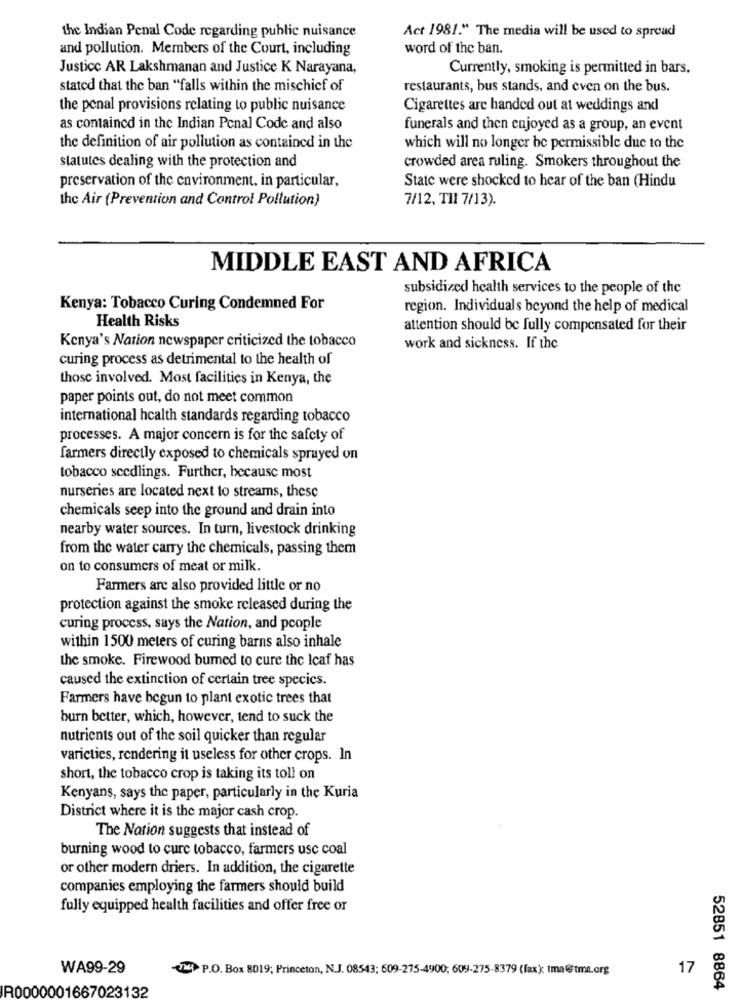
the Indian Penal Code regarding public nuisance
Act 1981." The media will be used to spread
and pollution. Members of the Court, including
word of the ban.
Justice AR Lakshmanan and Justice K Narayana,
Currently, smoking is permitted in bars.
stated that the ban "falls within the mischief of
restaurants, bus stands, and even on the bus.
the penal provisions relating to public nuisance
Cigarettes are handed out at weddings and
as contained in the Indian Penal Code and also
funerals and then enjoyed as a group, an event
the definition of air pollution as contained in the
which will no longer be permissible due to the
statutes dealing with the protection and
crowded area ruling. Smokers throughout the
State were shocked to hear of the ban (Hindu
preservation of the environment, in particular,
the Air (Prevention and Control Pollution)
7/12, THI 7/13).
MIDDLE EAST AND AFRICA
subsidized health services to the people of the
Kenya: Tobacco Curing Condemned For
region. Individuals beyond the help of medical
Health Risks
attention should be fully compensated for their
Kenya's Nation newspaper criticized the tobacco
work and sickness. If the
curing process as detrimental to the health of
those involved. Most facilities in Kenya, the
paper points out, do not meet common
international health standards regarding tobacco
processes. A major concern is for the safety of
farmers directly exposed to chemicals sprayed on
tobacco seedlings. Further, because most
nurseries are located next to streams, these
chemicals seep into the ground and drain into
nearby water sources. In turn, livestock drinking
from the water carry the chemicals, passing them
on to consumers of meat or milk.
Farmers are also provided little or no
protection against the smoke released during the
curing process, says the Nation, and people
within 1500 meters of curing barns also inhale
the smoke. Firewood burned to cure the Icaf has
caused the extinction of certain tree specics.
Farmers have begun to plant exotic trees that
burn better, which, however, tend to suck the
nutrients out of the soil quicker than regular
varieties, rendering it useless for other crops. In
short, the tobacco crop is taking its toll on
Kenyans, says the paper, particularly in the Kuria
District where it is the major cash crop.
The Nation suggests that instead of
burning wood to cure tobacco, farmers usc coal
or other modern driers. In addition, the cigarette
companies employing the farmers should build
fully equipped health facilities and offer free or
WA99-29
P.O. Box 8019; Princeton, N.J. 08543; 609-275-4900; 609-275-8379 (fax); ima@tm.org
17
R0000001667023132
52851 8864